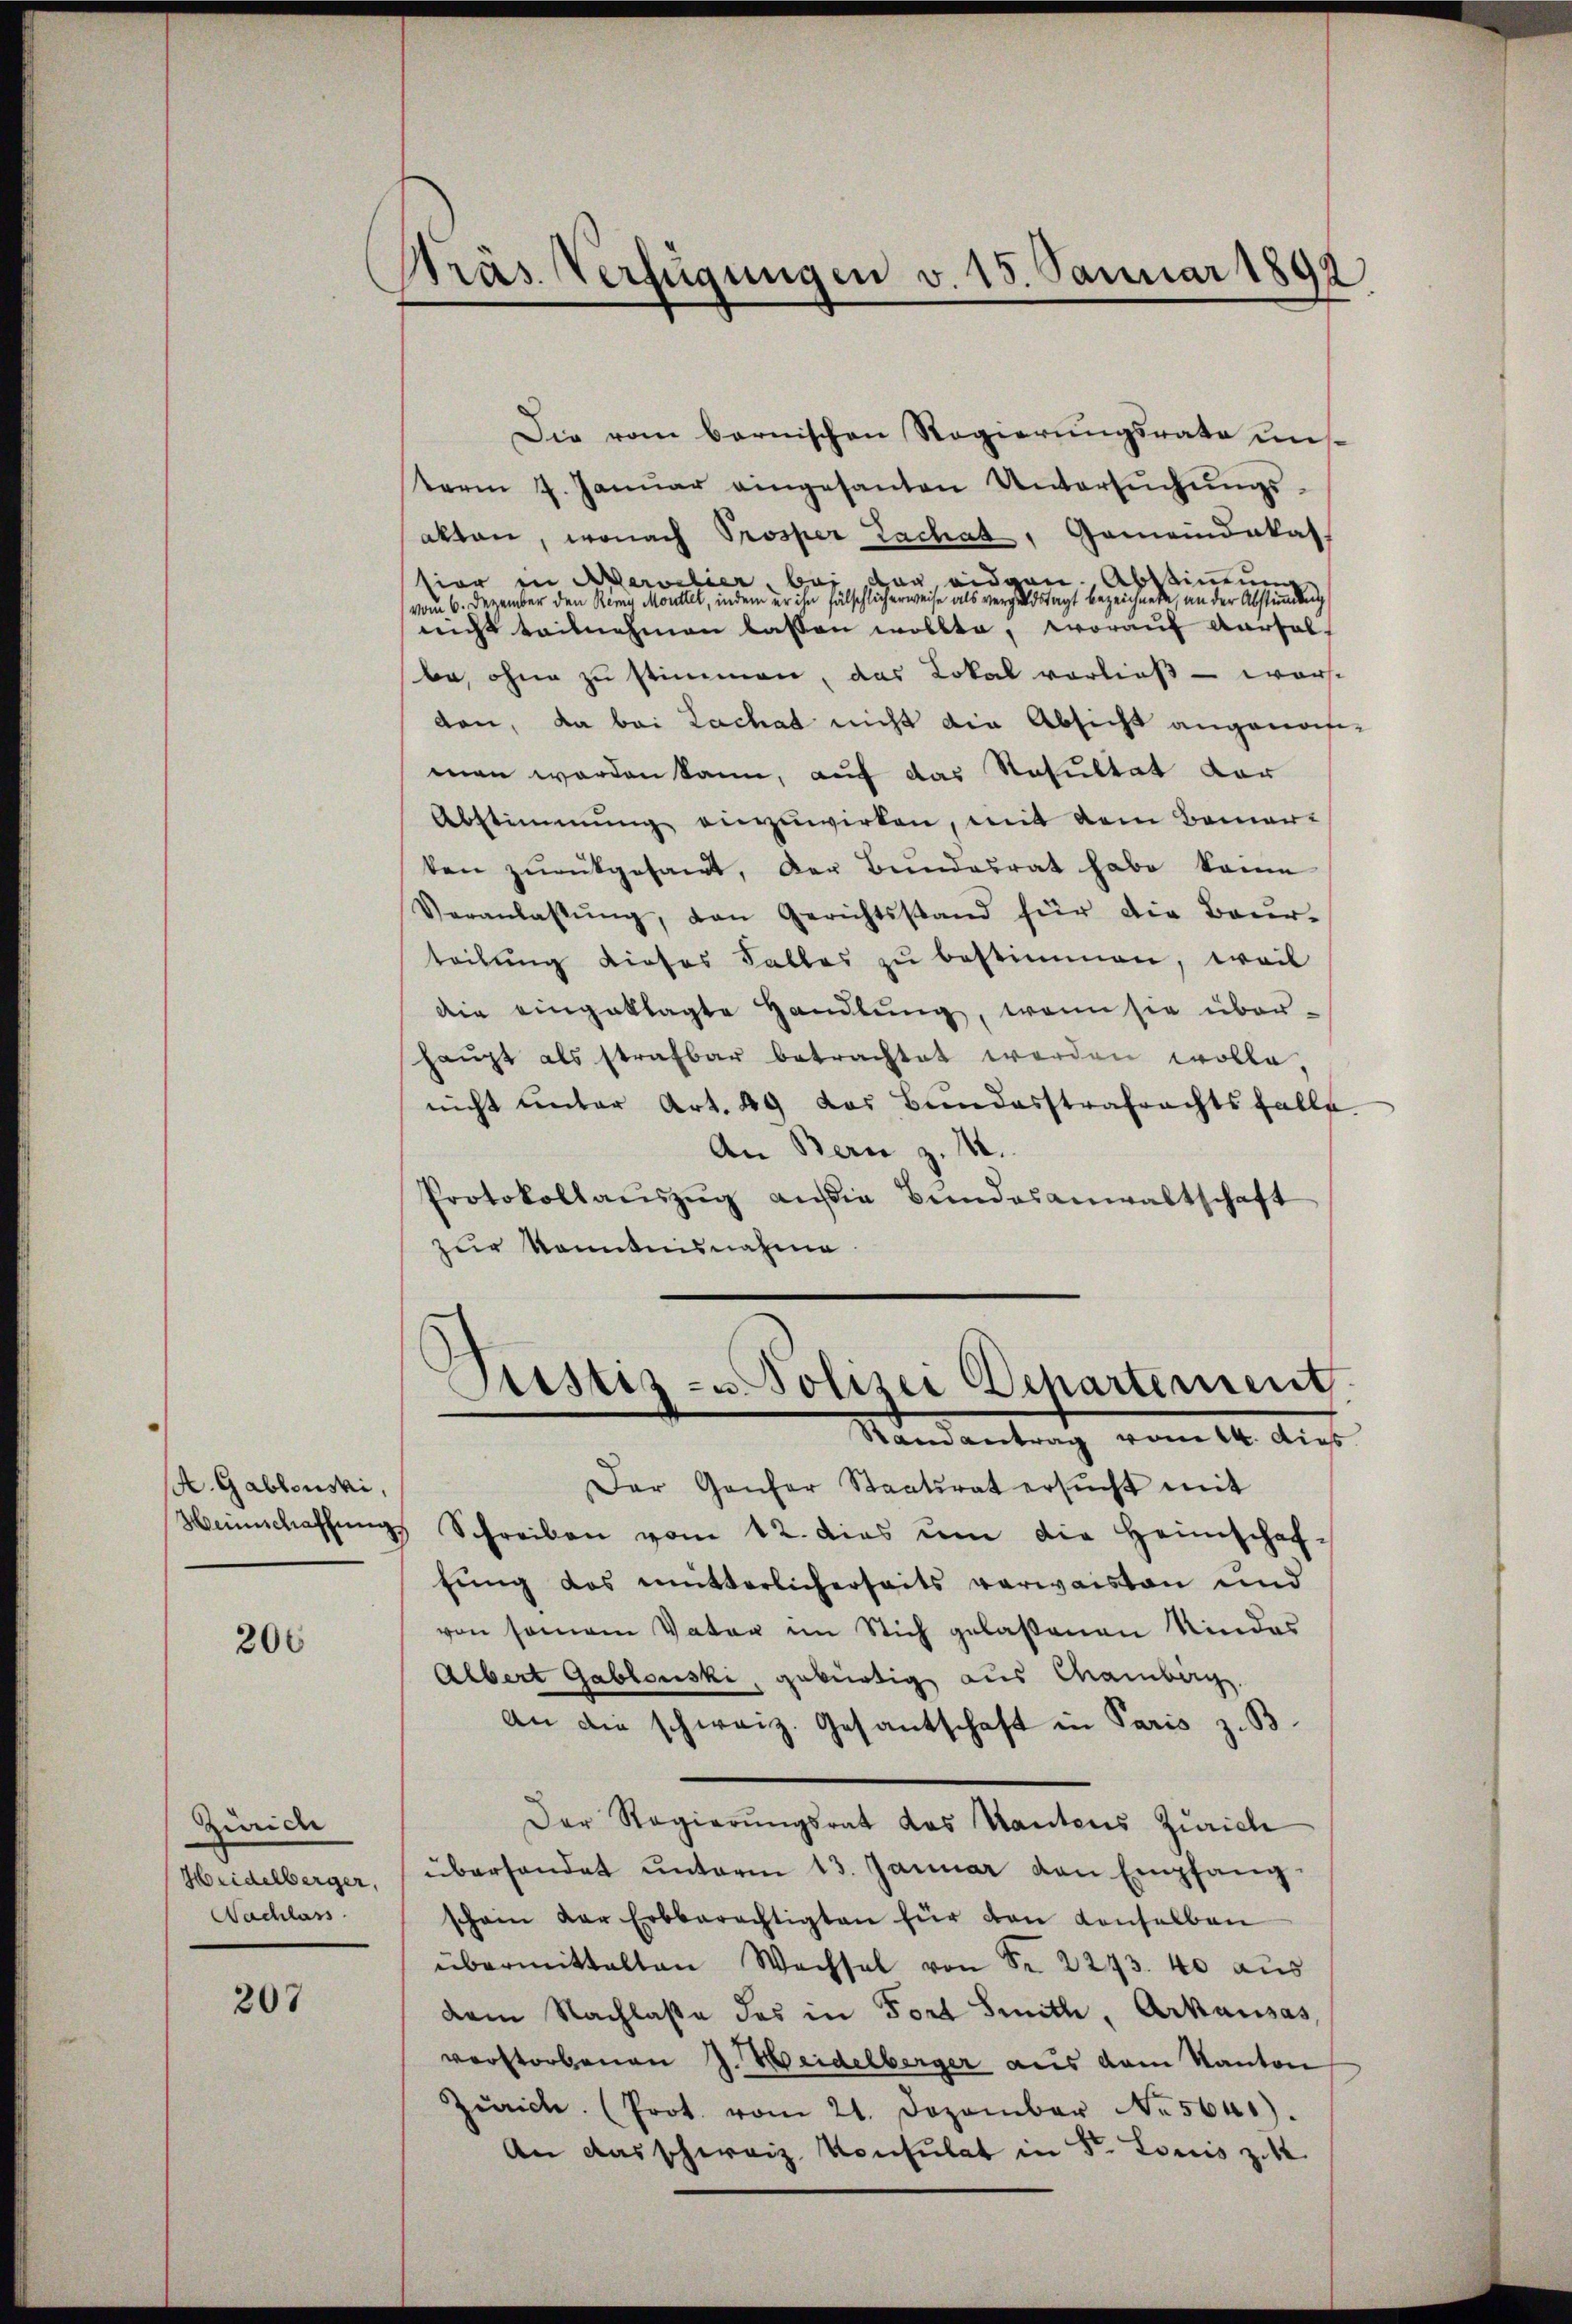
A. Gablonski,
Heimschaffung

200

Zürich
Heidelberger,
Nachlass

207

Pras Verfügungen v. 15. Januar 1892

Die vom bernischen Regierungsrate uns
term 7. Janŭar eingesanten Untersŭchŭngs-
akten, wonach Prosper Zachat, Gemeindekas
tior in Aervelier, bei Tag, eidgen. Abstimmung
vom 6. Dezember den Remy Monttet, indem er ihn fälschlicherweise als vergeldstagt bezeichnete, an der Abstimmung
nicht teilnehmen lassen wollte, worauf Aarsal-
be, ohne zu stimmen, das Lokal vorließ – warst
don, da bei Lachat nicht die Absicht angenos-
men worden kann, auf das Resultat der
Abstimmung einzuwirken, mit dem Bemer-
ten zurückgesamt, der Bundesrat habe kann
Veranlassŭng, den Gerichtsstand für die Baŭr-
teilŭng dieses Falles zŭ bestimmen, weil
die eingeklagte Handlung, wenn sie über-
haŭpt als strafbar betrachtet werden wolle,
nicht unter Art. 49 das Bundesstrafrachtsfalle
An Bern z. M.
Protokollaŭszŭg aŭfig Bŭndesanwaltschaft
zur Kenntnisnahme

Justiz- u. Polizei Departement
Ramantrag vom 14. dies

Der Genfer Staatsrat ersŭcht mit
" Schreiben vom 12. dies um die Heimschaf-
fung des mitterlicherseits verwaisten und
von samann Vater im Stich gelaßenen Kindes
Albert Gablonski, gebürtig aus Chamberg
An die schweiz. Gesantschaft in Paris z. B.
Der Regierungsrat das Kantens Zürich
überhandet ŭnterm 13. Januar von Empfang
schein der Erbberechtigten für den vonselben
übermittalten Wechsel von Fr. 2243. 40 aŭs
dem Nachlasse des in Fort Smith, Arkausas,
verstorbenen J. Weidelberger aus dem Kanton
Zürich. (Prot. vom 21. Dezember N. 5641).
An das schweiz. Konsulat in St. Louis zuk